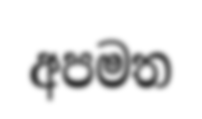
අපමත